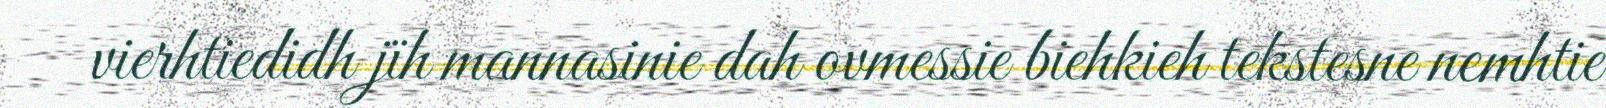
vierhtiedidh jïh mannasinie dah ovmessie biehkieh tekstesne nemhtie